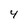
Character: 4